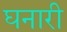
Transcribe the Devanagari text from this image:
घनारी